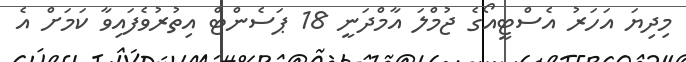
މިދިޔަ އަހަރު އެސްޓީއޯގެ ޖުމްލަ އާމްދަނީ 18 ޕަސެންޓް އިތުރުވެފައިވާ ކަމަށް އެ